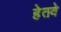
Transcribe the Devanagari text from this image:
हेतवे